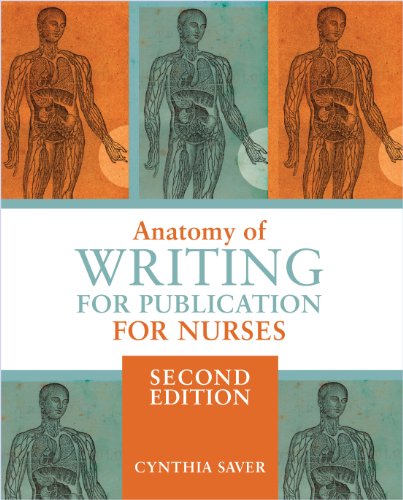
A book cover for Anatomy of Writing for Publication for Nurses 2nd Edition; Cynthia Saver; Medical Books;